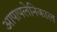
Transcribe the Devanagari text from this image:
आपापलेनिकाल